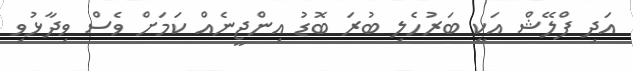
އަދި ފްލޭޝް އަކީ ބަރުހެލި ބުރަ ބޮޑު އިންޖީނެއް ކަމަށް ވެސް ވިދާޅުވި